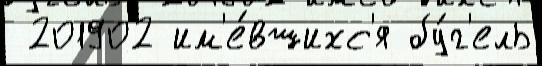
 201902 им'е́вшихс'я бу́г'ель